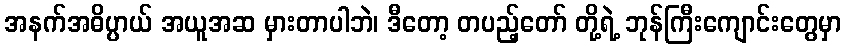
အနက်အဓိပ္ပာယ် အယူအဆ မှားတာပါဘဲ၊ ဒီတော့ တပည့်တော် တို့ရဲ့ ဘုန်ကြီးကျောင်းတွေမှာ